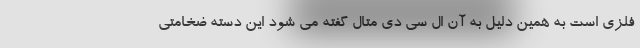
فلزی است به همین دلیل به آن ال سی دی متال گفته می شود این دسته ضخامتی